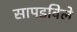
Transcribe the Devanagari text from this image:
सापडविले